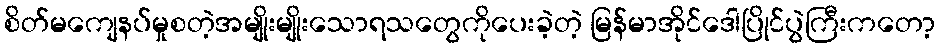
စိတ်မကျေနပ်မှုစတဲ့အမျိုးမျိုးသောရသတွေကိုပေးခဲ့တဲ့ မြန်မာအိုင်ဒေါပြိုင်ပွဲကြီးကတော့